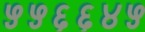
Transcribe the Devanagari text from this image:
५५६६४५